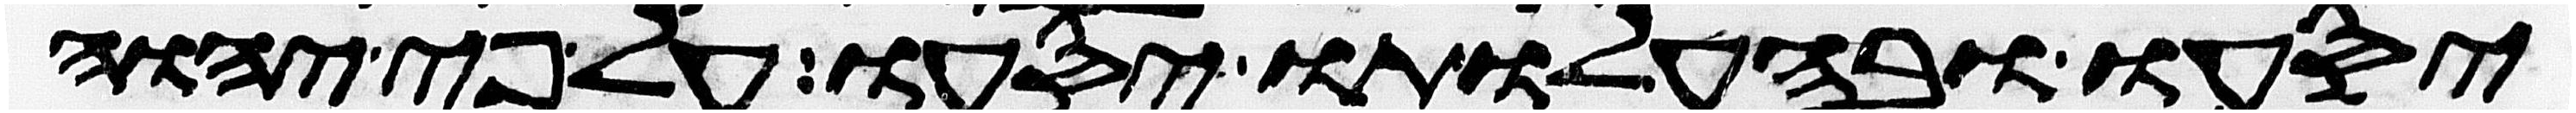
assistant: יסעו ובהעלותו יסעו על פי יהוה